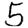
Digit: 5